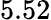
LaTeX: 5.52